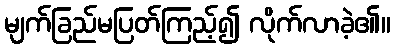
မျက်ခြည်မပြတ်ကြည့်၍ လိုက်လာခဲ့၏။